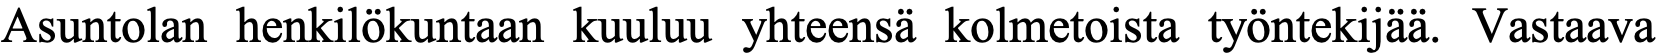
Asuntolan henkilökuntaan kuuluu yhteensä kolmetoista työntekijää. Vastaava